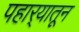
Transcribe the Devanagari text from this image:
पहार्‍यातून